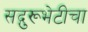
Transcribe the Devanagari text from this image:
सद्गुरूभेटीचा